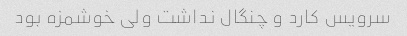
سرویس کارد و چنگال نداشت ولی خوشمزه بود